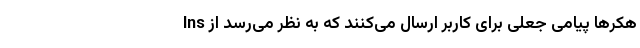
هکرها پیامی جعلی برای کاربر ارسال می‌کنند که به نظر می‌رسد از Ins